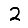
Digit: 2